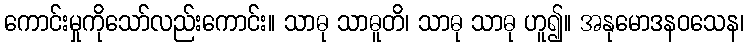
ကောင်းမှုကိုသော်လည်းကောင်း။ သာဓု သာဓူတိ၊ သာဓု သာဓု ဟူ၍။ အနုမောဒနဝသေန၊